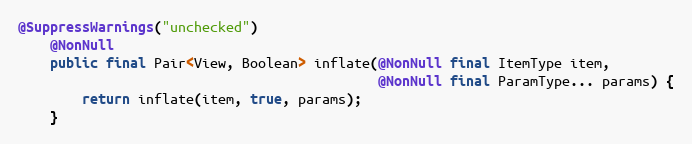
Language: Java
@SuppressWarnings("unchecked")
    @NonNull
    public final Pair<View, Boolean> inflate(@NonNull final ItemType item,
                                             @NonNull final ParamType... params) {
        return inflate(item, true, params);
    }